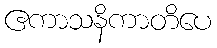
ဧကာသနိကာတိပေ